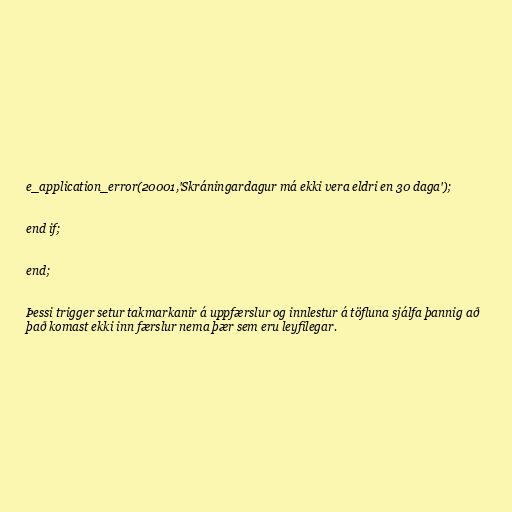
e_application_error(20001,'Skráningardagur má ekki vera eldri en 30 daga');

end if;

end;

Þessi trigger setur takmarkanir á uppfærslur og innlestur á töfluna sjálfa þannig að
það komast ekki inn færslur nema þær sem eru leyfilegar.